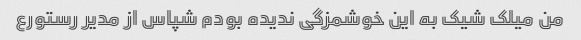
من میلک شیک به این خوشمزگی ندیده بودم شپاس از مدیر رستورع